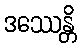
ဒဿေန္တိ